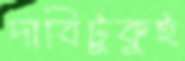
দাবিটুকুই